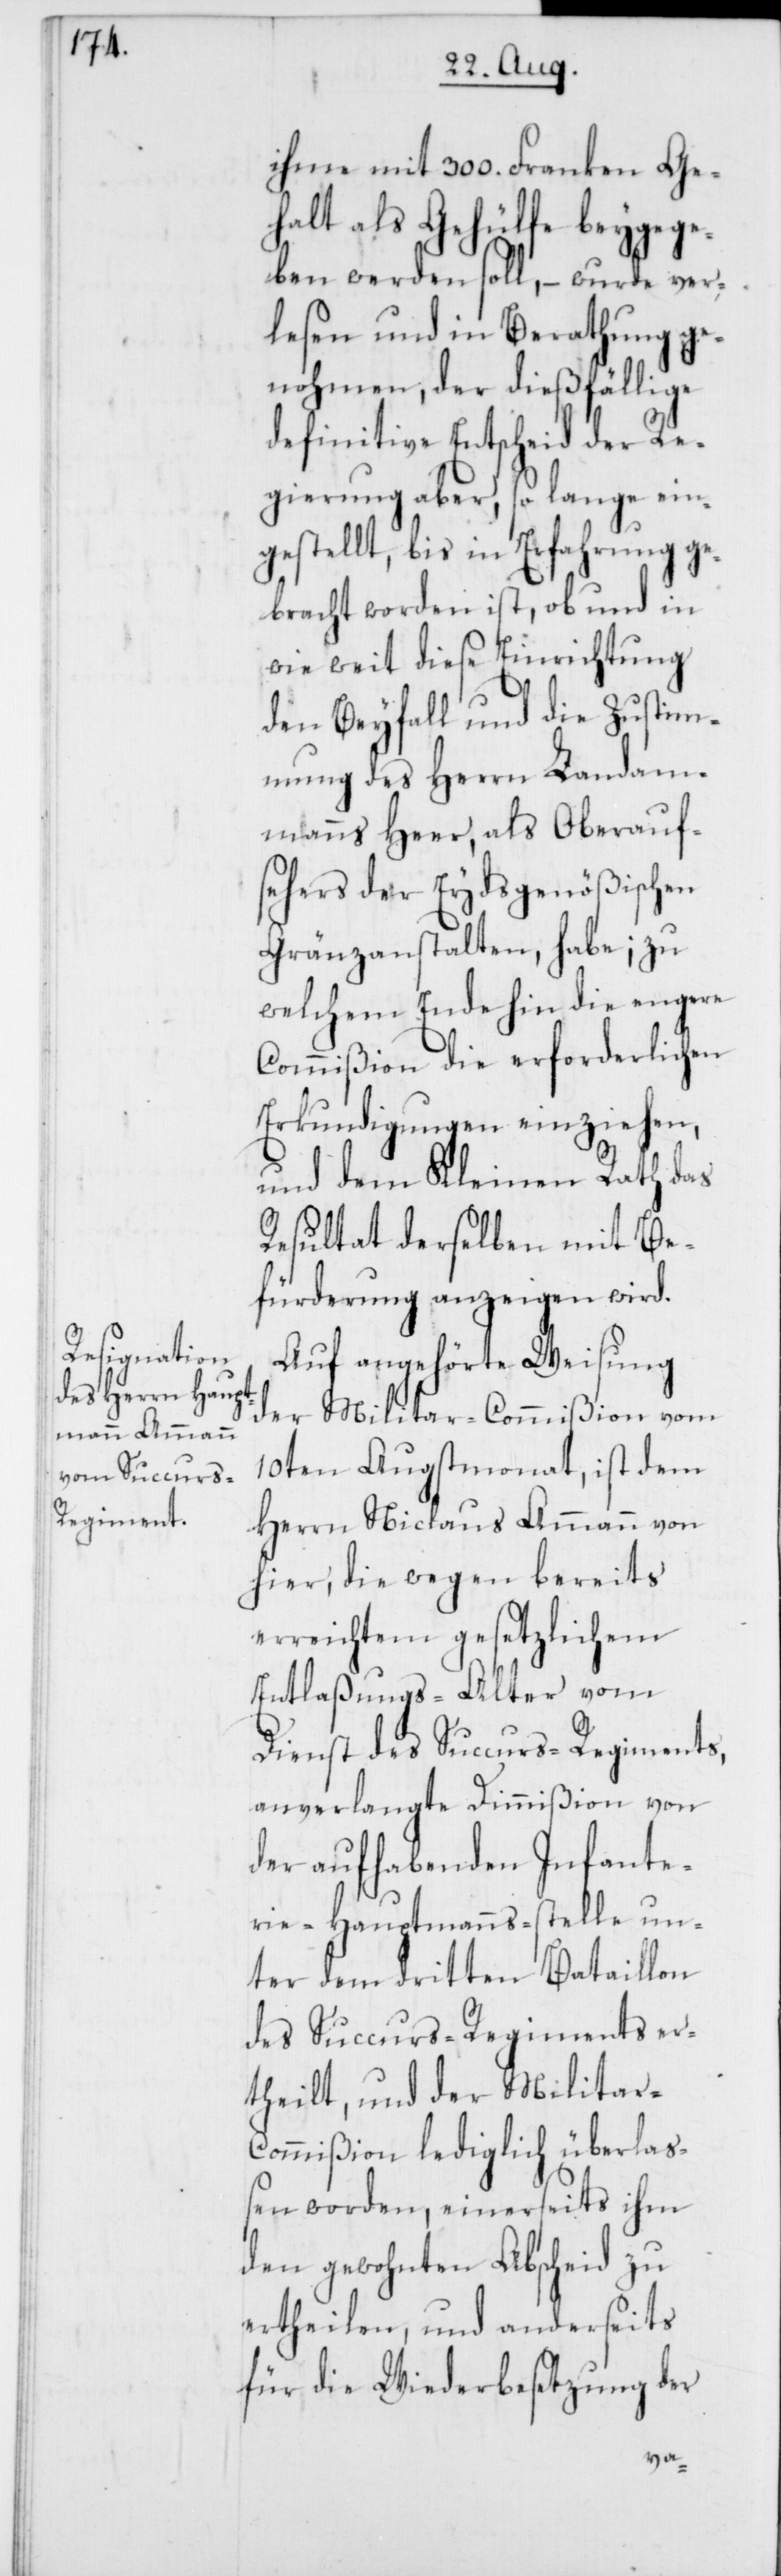
ihme mit 300. Franken Ge¬
halt als Gehülfe beygege¬
ben werden soll, – wurde ver¬
lesen und in Berathung ge¬
nohmen, der dießfällige
definitive Entscheid der Re¬
gierung aber, so lange ein¬
gestellt, bis in Erfahrung ge¬
bracht worden ist, ob und in
wie weit diese Einrichtung
den Beyfall und die Zustim¬
mung des Herrn Landam¬
manns Heer, als Oberauf¬
sehers der Eydsgenößischen
Gränzanstalten, habe; zu
welchem Ende hin die engere
Commißion die erforderlichen
Erkundigungen einziehen,
und dem Kleinen Rath das
Resultat derselben mit Be¬
fürderung anzeigen wird.
Auf angehörte Weisung
der Militar-Commißion vom
10ten Augstmonat, ist dem
Herrn Niclaus Ammann von
hier, die wegen bereits
erreichtem gesetzlichem
Entlaßungs-Alter vom
Dienst des Succurs-Regiments,
anverlangte Dimmißion von
der aufhabenden Infante¬
rie-Hauptmanns-Stelle un¬
ter dem dritten Bataillon
des Succurs-Regiments er¬
theilt, und der Militar-C¬
ommißion lediglich überlaß¬
en worden, einerseits ihm
den gewohnten Abscheid zu
ertheilen, und anderseits
für die Wiederbesetzung der